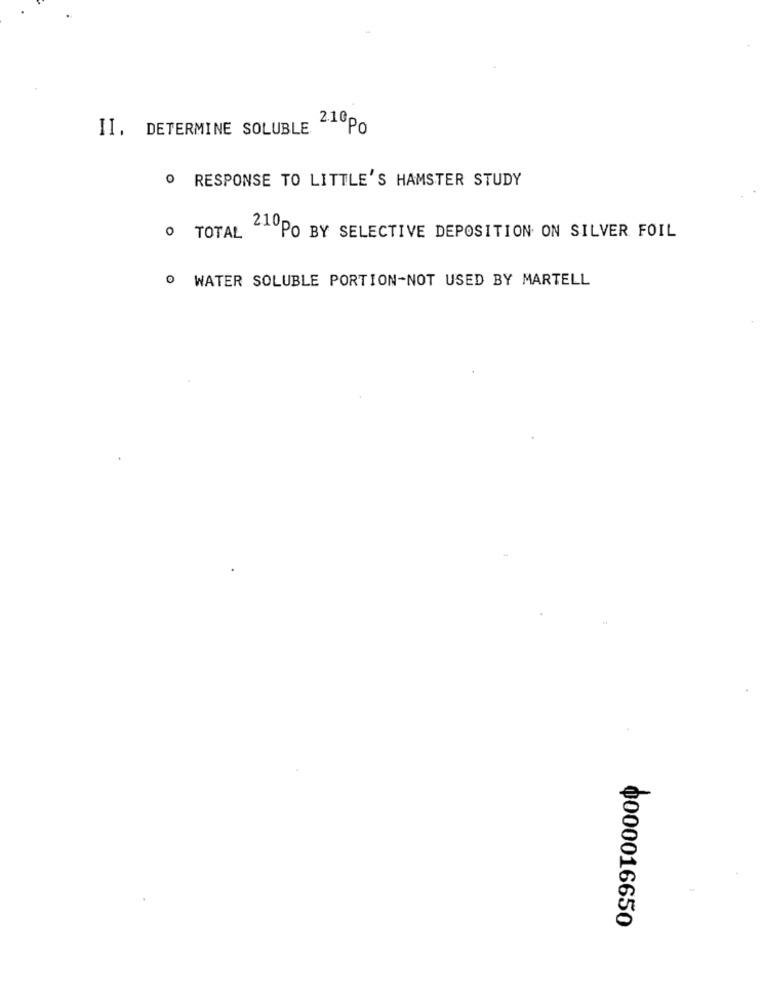
II. DETERMINE SOLUBLE
2.10Po
0 RESPONSE TO LITTLE'S HAMSTER STUDY
TOTAL
210PO BY SELECTIVE DEPOSITION ON SILVER FOIL
WATER SOLUBLE PORTION-NOT USED BY MARTELL
0000016650